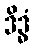
ဒိဒ္ဓံ